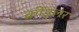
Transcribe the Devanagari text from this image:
क्रीड्लर